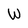
Character: W